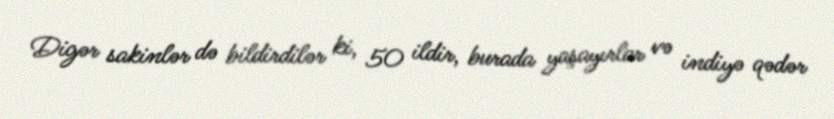
Digər sakinlər də bildirdilər ki, 50 ildir, burada yaşayırlar və indiyə qədər